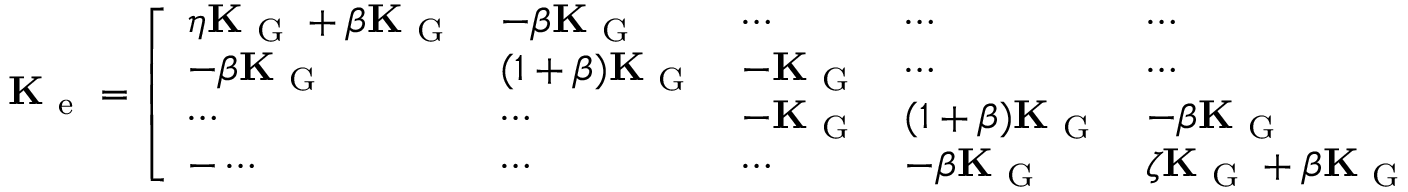
\mathbf { K } _ { \mathrm { ~ e ~ } } = \left[ \begin{array} { l l l l l } { \eta \mathbf { K } _ { \mathrm { ~ G ~ } } + \beta \mathbf { K } _ { \mathrm { ~ G ~ } } } & { - \beta \mathbf { K } _ { \mathrm { ~ G ~ } } } & { \cdots } & { \cdots } & { \cdots } \\ { - \beta \mathbf { K } _ { \mathrm { ~ G ~ } } } & { ( 1 + \beta ) \mathbf { K } _ { \mathrm { ~ G ~ } } } & { - \mathbf { K } _ { \mathrm { ~ G ~ } } } & { \cdots } & { \cdots } \\ { \cdots } & { \cdots } & { - \mathbf { K } _ { \mathrm { ~ G ~ } } } & { ( 1 + \beta ) \mathbf { K } _ { \mathrm { ~ G ~ } } } & { - \beta \mathbf { K } _ { \mathrm { ~ G ~ } } } \\ { - \cdots } & { \cdots } & { \cdots } & { - \beta \mathbf { K } _ { \mathrm { ~ G ~ } } } & { \zeta \mathbf { K } _ { \mathrm { ~ G ~ } } + \beta \mathbf { K } _ { \mathrm { ~ G ~ } } } \end{array} \right] \, .